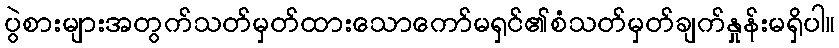
ပွဲစားများအတွက်သတ်မှတ်ထားသောကော်မရှင်၏စံသတ်မှတ်ချက်နှုန်းမရှိပါ။